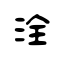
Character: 洤